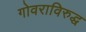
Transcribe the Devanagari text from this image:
गोवराविरुद्ध